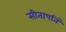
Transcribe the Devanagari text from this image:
सीतापतिं